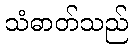
သံဓာတ်သည်